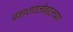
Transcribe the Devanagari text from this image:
प्रकाशगतीबद्दलच्या